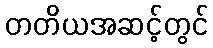
တတိယအဆင့်တွင်